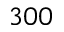
3 0 0